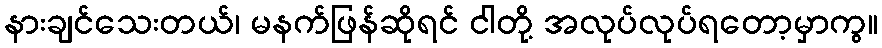
နားချင်သေးတယ်၊ မနက်ဖြန်ဆိုရင် ငါတို့ အလုပ်လုပ်ရတော့မှာကွ။